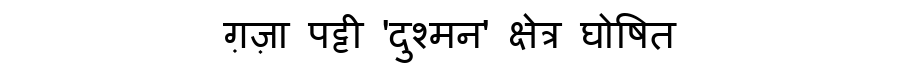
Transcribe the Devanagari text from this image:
ग़ज़ा पट्टी 'दुश्मन' क्षेत्र घोषित